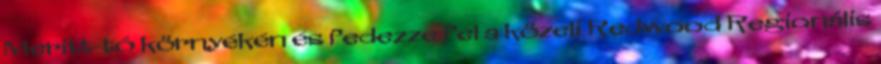
Meritt-tó környékén és fedezze fel a közeli Redwood Regionális